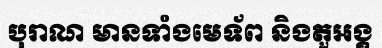
បុរាណ មានទាំងមេទ័ព និងតួអង្គ